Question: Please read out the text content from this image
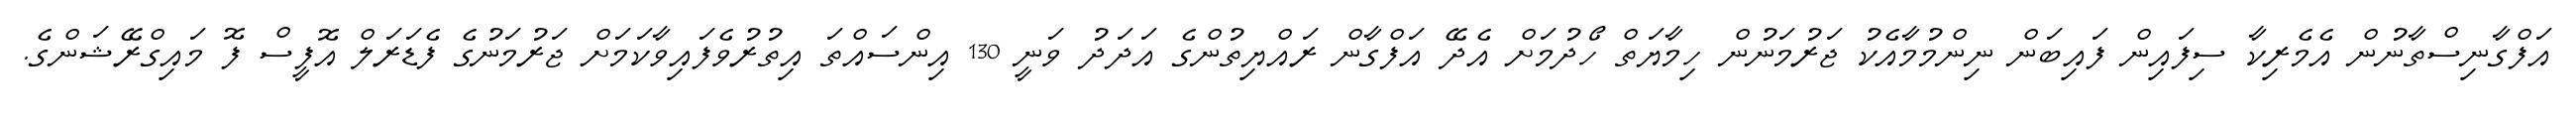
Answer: އަފްގާނިސްތާނުން އެމެރިކާ ސިފައިން ފައިބަން ނިންމުމާއެކު ޖަރުމަނުން ހިމާޔަތް ހޯދުމަށް އެދޭ އަފްގާން ރައްޔިތުންގެ އަދަދު ވަނީ 130 އިންސައްތަ އިތުރުވެފައިވާކަމަށް ޖަރުމަނުގެ ފެޑަރަލް އޮފީސް ފޮ މައިގްރޭޝަންގެ.